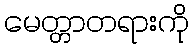
မေတ္တာတရားကို